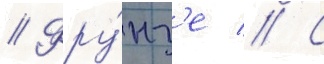
// Фру́нз'е // С